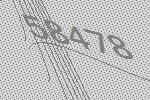
58478